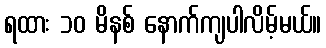
ရထား ၁၀ မိနစ် နောက်ကျပါလိမ့်မယ်။